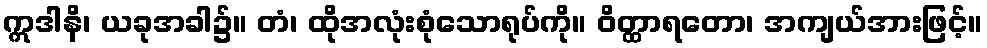
ဣဒါနိ၊ ယခုအခါ၌။ တံ၊ ထိုအလုံးစုံသောရုပ်ကို။ ဝိတ္ထာရတော၊ အကျယ်အားဖြင့်။